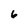
Character: 6